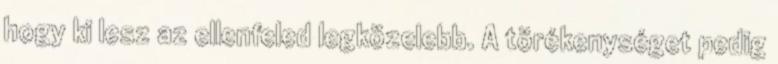
hogy ki lesz az ellenfeled legközelebb. A törékenységet pedig